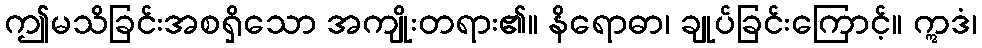
ဤမသိခြင်းအစရှိသော အကျိုးတရား၏။ နိရောဓာ၊ ချုပ်ခြင်းကြောင့်။ ဣဒံ၊